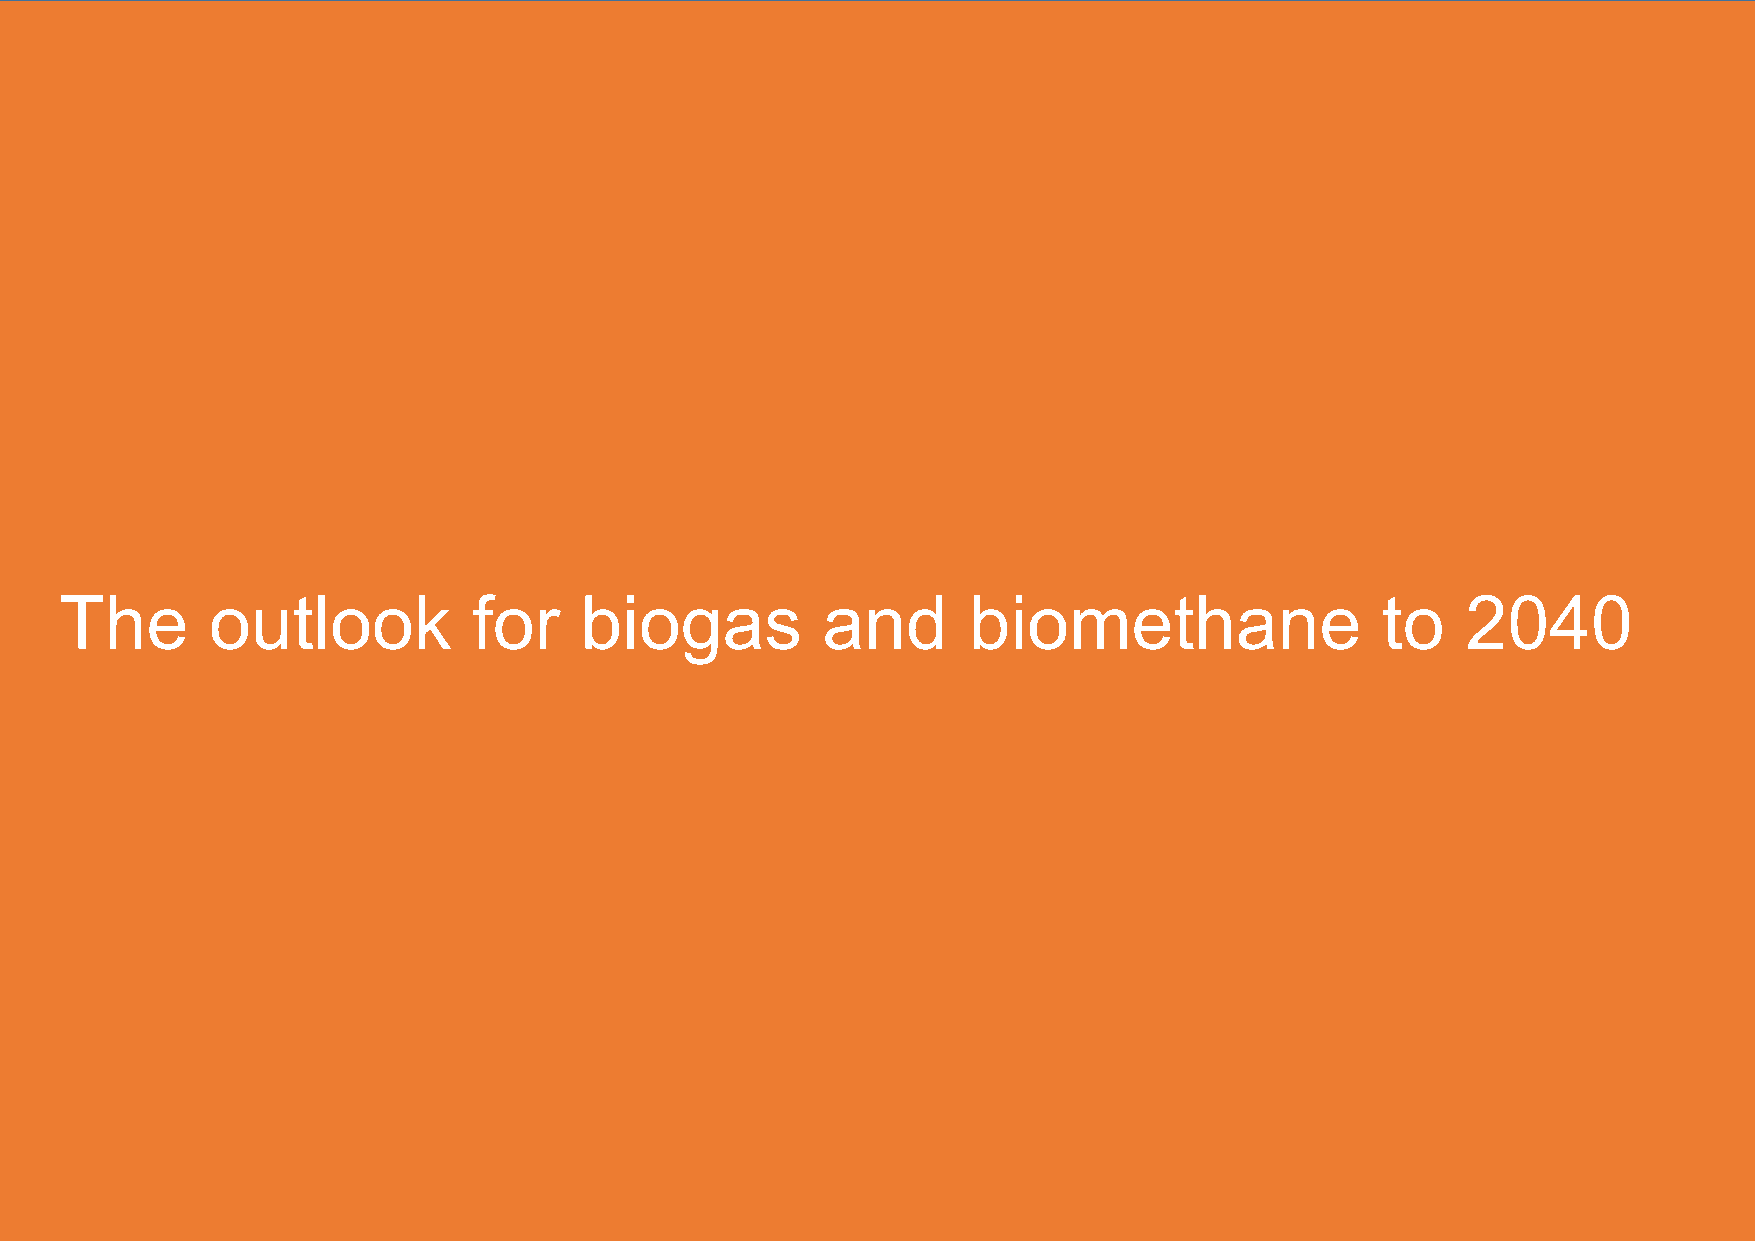
The       outlook          for    biogas          and       biomethane                 to    2040